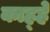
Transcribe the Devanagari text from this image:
काह्हे